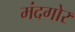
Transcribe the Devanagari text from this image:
मंदगोर